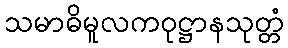
သမာဓိမူလကဝုဋ္ဌာနသုတ္တံ